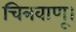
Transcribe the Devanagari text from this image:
चित्रवाणू।